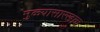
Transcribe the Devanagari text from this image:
मुळ्यासारखाच